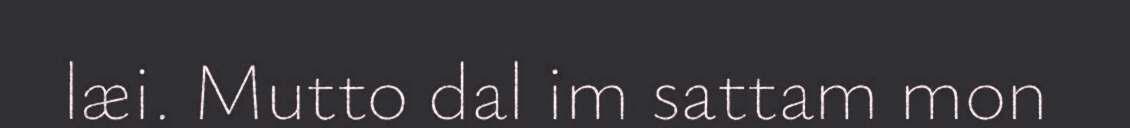
læi. Mutto dal im sattam mon